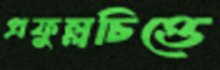
প্রফুল্লচিত্তে